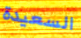
السعيدة